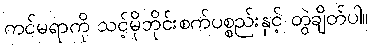
ကင်မရာကို သင့်မိုဘိုင်းစက်ပစ္စည်းနှင့် တွဲချိတ်ပါ။